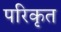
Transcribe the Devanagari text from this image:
परिकृत